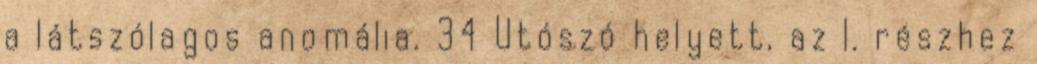
a látszólagos anomália. 34 Utószó helyett, az I. részhez